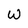
Character: W